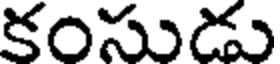
కంసుడు